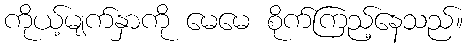
ကိုယ့်မျက်နှာကို မေမေ စိုက်ကြည့်နေသည်။